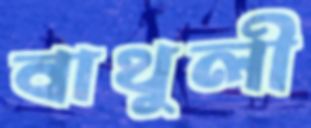
বাথুলী